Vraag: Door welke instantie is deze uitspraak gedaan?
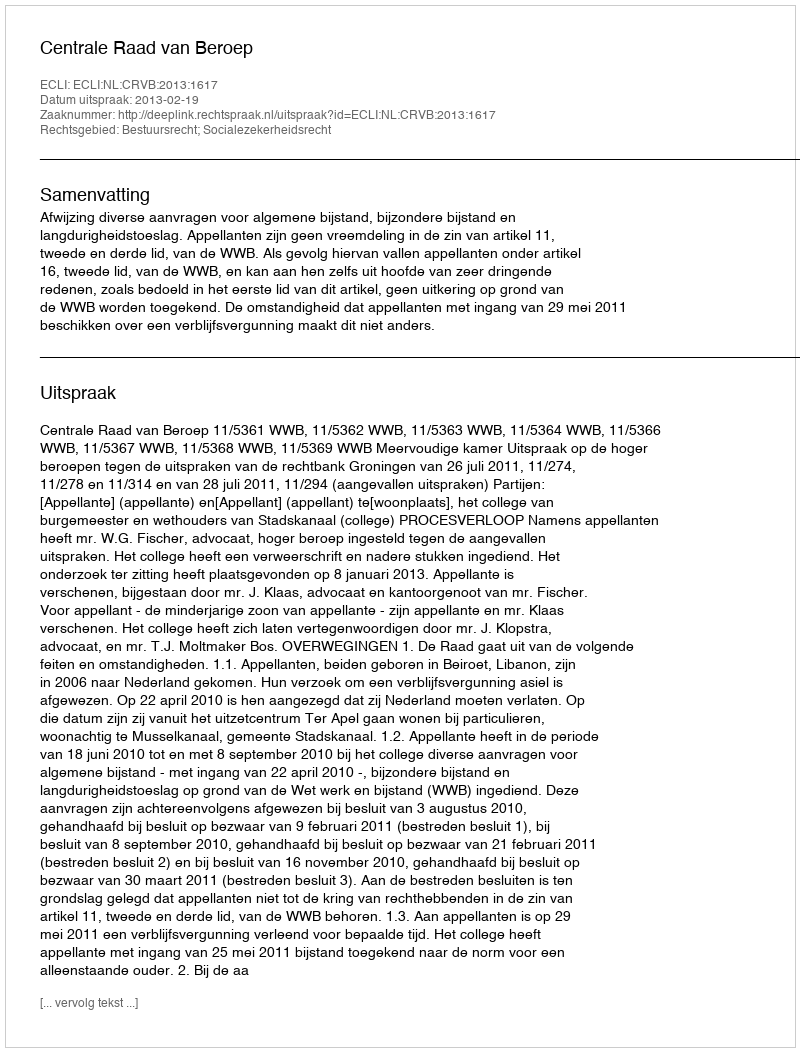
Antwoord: Centrale Raad van Beroep